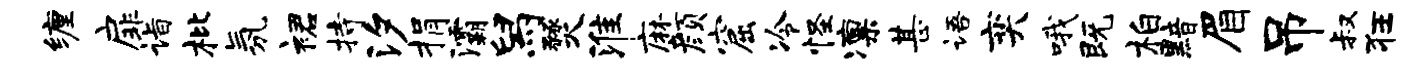
缠扉诣枇氛裙持汐捐灞舄燹淮麻颜窟冷怪凛甚语奕哦既柏黯眉吊叔狂